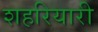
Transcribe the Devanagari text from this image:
शहरियारी